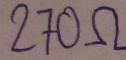
Text: 270Ω